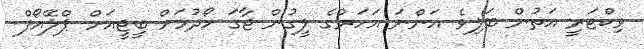
ވިކްޓަރީ އަތުން ބަލިވެ އަންނަ އަހަރުގެ ލީގުން ޖާގަ ހޯދުމަށް ބީޖީއަށް ޕްލޭއޯފް